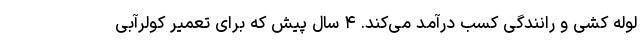
لوله کشی و رانندگی کسب درآمد می‌کند. ۴ سال پیش که برای تعمیر کولرآبی